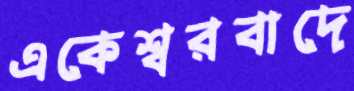
একেশ্বরবাদে